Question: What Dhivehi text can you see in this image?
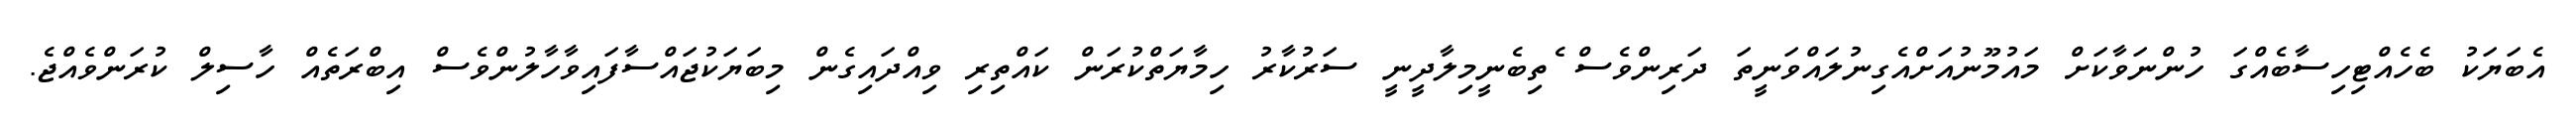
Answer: އެބަޔަކު ބެހެއްޓިހިސާބެއްގަ ހުންނަވާކަށް މައުމޫނުއަށްއެގިނުލައްވަނީތަ ދަރިންވެސް ެތިބެނީމިލާދީނީ ސަރުކާރު ހިމާޔަތްކުރަން ކައްތިރި ވިއްދައިގެން މިބަޔަކުޖައްސާފައިވާހާލުންވެސް އިބްރަތެއް ހާސިލް ކުރަންވެއްޖެ.